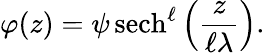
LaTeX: \varphi(z)=\psi{\, \mathrm{sech}}^{\ell}\left({\frac{z}{\ell\lambda}}\right).